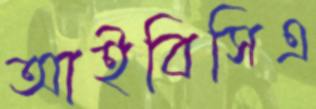
আইবিসিএ